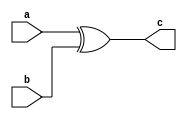
`timescale 1ns / 1ps
//////////////////////////////////////////////////////////////////////////////////
// Company: 
// Engineer: 
// 
// Design Name: 
// Module Name: xor1
// Project Name: 
// Target Devices: 
// Tool Versions: 
// Description: 
// 
// Dependencies: 
// 
// Revision:
// Revision 0.01 - File Created
// Additional Comments:
// 
//////////////////////////////////////////////////////////////////////////////////


module xor1(
    input a,
    input b,
    output c
    );
    assign c= a^b;
endmodule